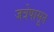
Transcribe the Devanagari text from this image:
जत्रेपासून